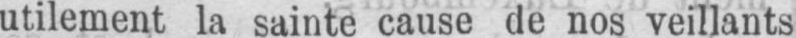
utilement la sainte cause de nos veillants